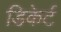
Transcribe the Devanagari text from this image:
डिकेर्ट